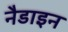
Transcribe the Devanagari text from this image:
नैडाइन